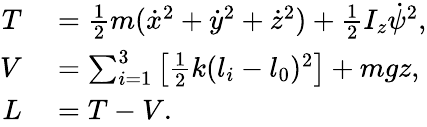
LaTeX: \begin{array}{rl}{T}&{{}=\frac{1}{2}m(\dot{x}^{2}+\dot{y}^{2}+\dot{z}^{2})+\frac{1}{2}I_{z}\dot{\psi}^{2},}\\ {V}&{{}=\sum_{i=1}^{3}\left[\frac{1}{2}k(l_{i}-l_{0})^{2}\right]+mgz,}\\ {L}&{{}=T-V.}\end{array}